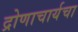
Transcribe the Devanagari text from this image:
द्रोणाचार्यचा